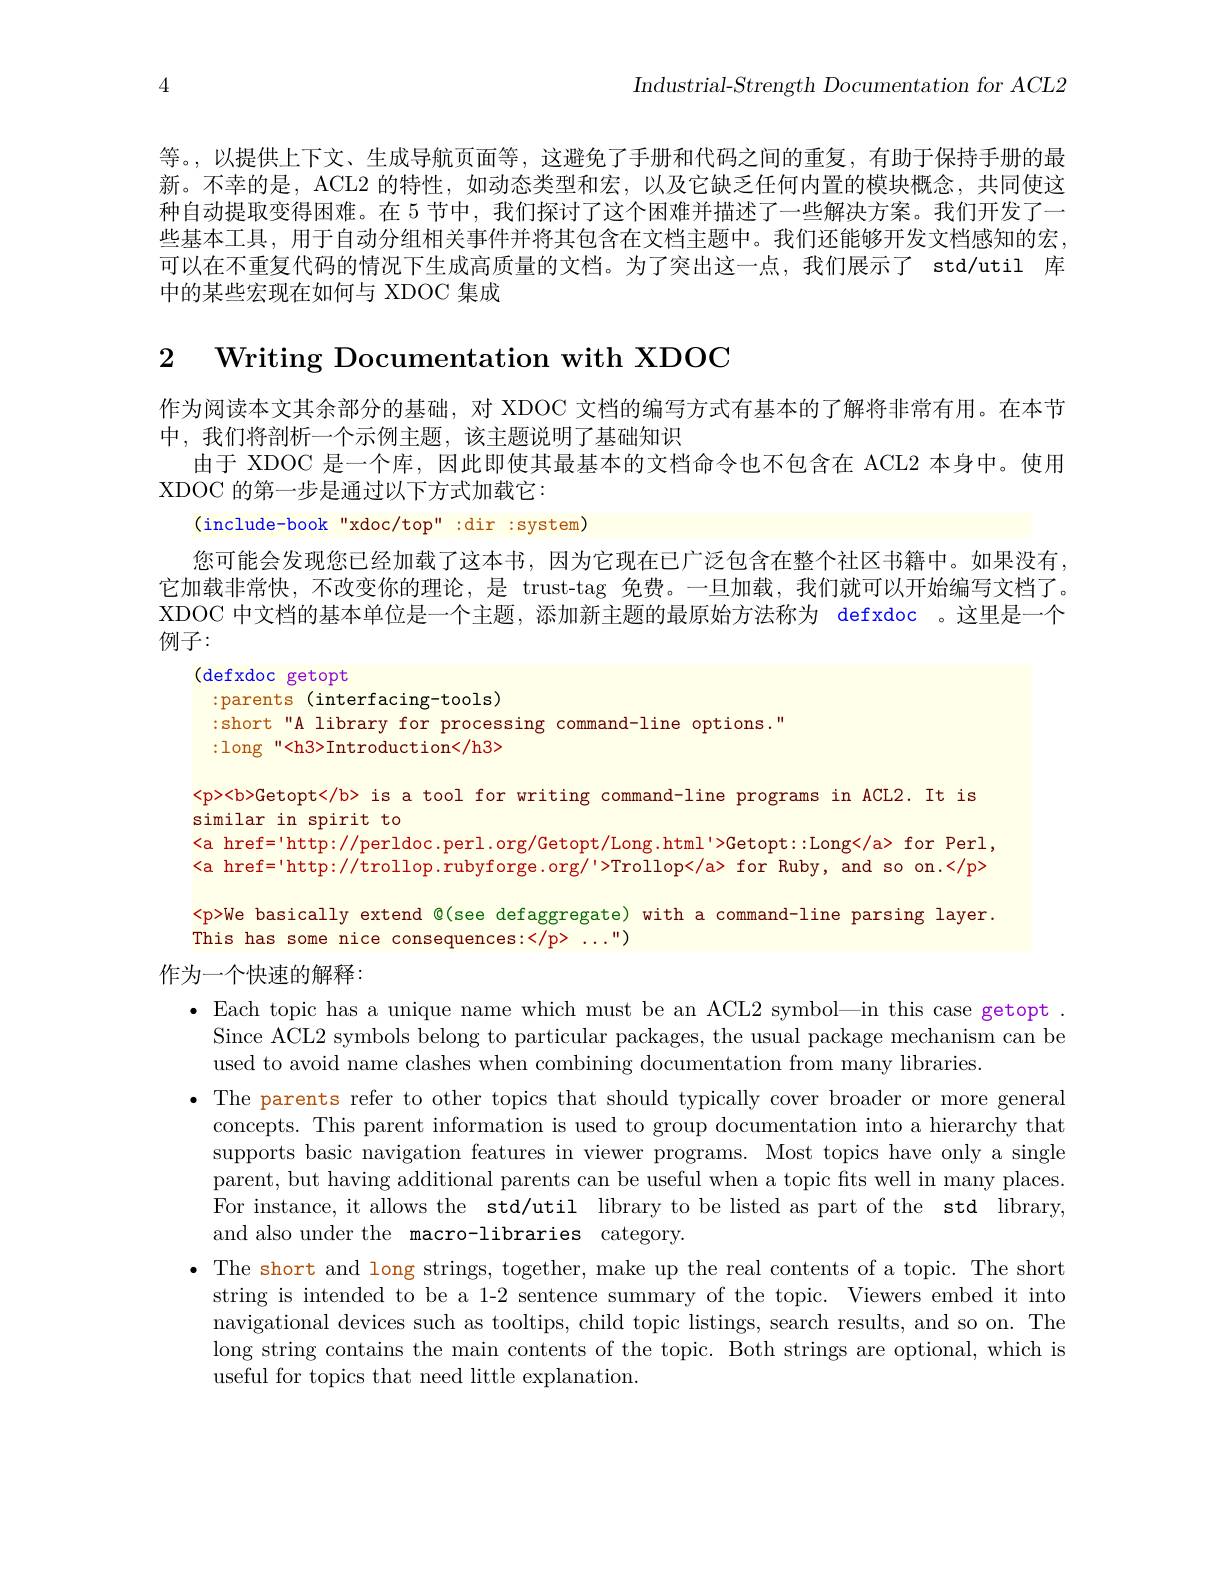
Industrial-Strength Documentation for ACL2

4

等。,以提供上下文、生成导航页面等，这避免了手册和代码之间的重复，有助于保持手册的最新。不幸的是，ACL2 的特性，如动态类型和宏，以及它缺乏任何内置的模块概念，共同使这种自动提取变得困难。在 5 节中，我们探讨了这个困难并描述了一些解决方案。我们开发了一些基本工具，用于自动分组相关事件并将其包含在文档主题中。我们还能够开发文档感知的宏可以在不重复代码的情况下生成高质量的文档。为了突出这一点，我们展示了 std/util 库中的某些宏现在如何与 XDOC 集成

2 Writing Documentation with XDOC

作为阅读本文其余部分的基础，对 XDOC 文档的编写方式有基本的了解将非常有用。在本节
中，我们将剖析一个示例主题，该主题说明了基础知识
由于 XDOC 是一个库，因此即使其最基本的文档命令也不包含在 ACL2 本身中。使用
XDOC 的第一步是通过以下方式加载它：
(include-book "xdoc/top" :dir :system)
您可能会发现您已经加载了这本书，因为它现在已广泛包含在整个社区书籍中。如果没有它加载非常快，不改变你的理论，是 trust-tag 免费。一旦加载，我们就可以开始编写文档了。XDOC 中文档的基本单位是一个主题，添加新主题的最原始方法称为 defxdoc 。这里是一个例子：

(defxdoc getopt
:parents (interfacing-tools)
:short "A library for processing command-line options."
:long "<h3>Introduction</h3>
<p><b>Getopt</b> is a tool for writing command-line programs in ACL2. It is
similar in spirit to
<a href='http://perldoc.perl.org/Getopt/Long.html'>Getopt::Long</a>for Perl, <a href='http://trollop.rubyforge.org/'>Trollop</a> for Ruby, and so on.</p> <p>We basically extend @(see defaggregate) with a command-line parsing layer. This has some nice consequences:</p> ...")
作为一个快速的解释：
· Each topic has a unique name which must be an ACL2 symbol—in this case getopt . Since ACL2 symbols belong to particular packages, the usual package mechanism can be used to avoid name clashes when combining documentation from many libraries.
·The parents refer to other topics that should typically cover broader or more general
concepts. This parent information is used to group documentation into a hierarchy that supports basic navigation features in viewer programs. Most topics have only a single parent, but having additional parents can be useful when a topic fits well in many places. For instance, it allows the std/util library to be listed as part of the std library, and also under the macro-libraries category.
· The short and long strings, together, make up the real contents of a topic. The short
string is intended to be a 1-2 sentence summary of the topic. Viewers embed it into navigational devices such as tooltips, child topic listings, search results, and so on. The long string contains the main contents of the topic. Both strings are optional, which is useful for topics that need little explanation.